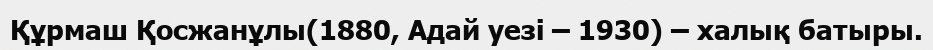
Құрмаш Қосжанұлы(1880, Адай уезі – 1930) – халық батыры.